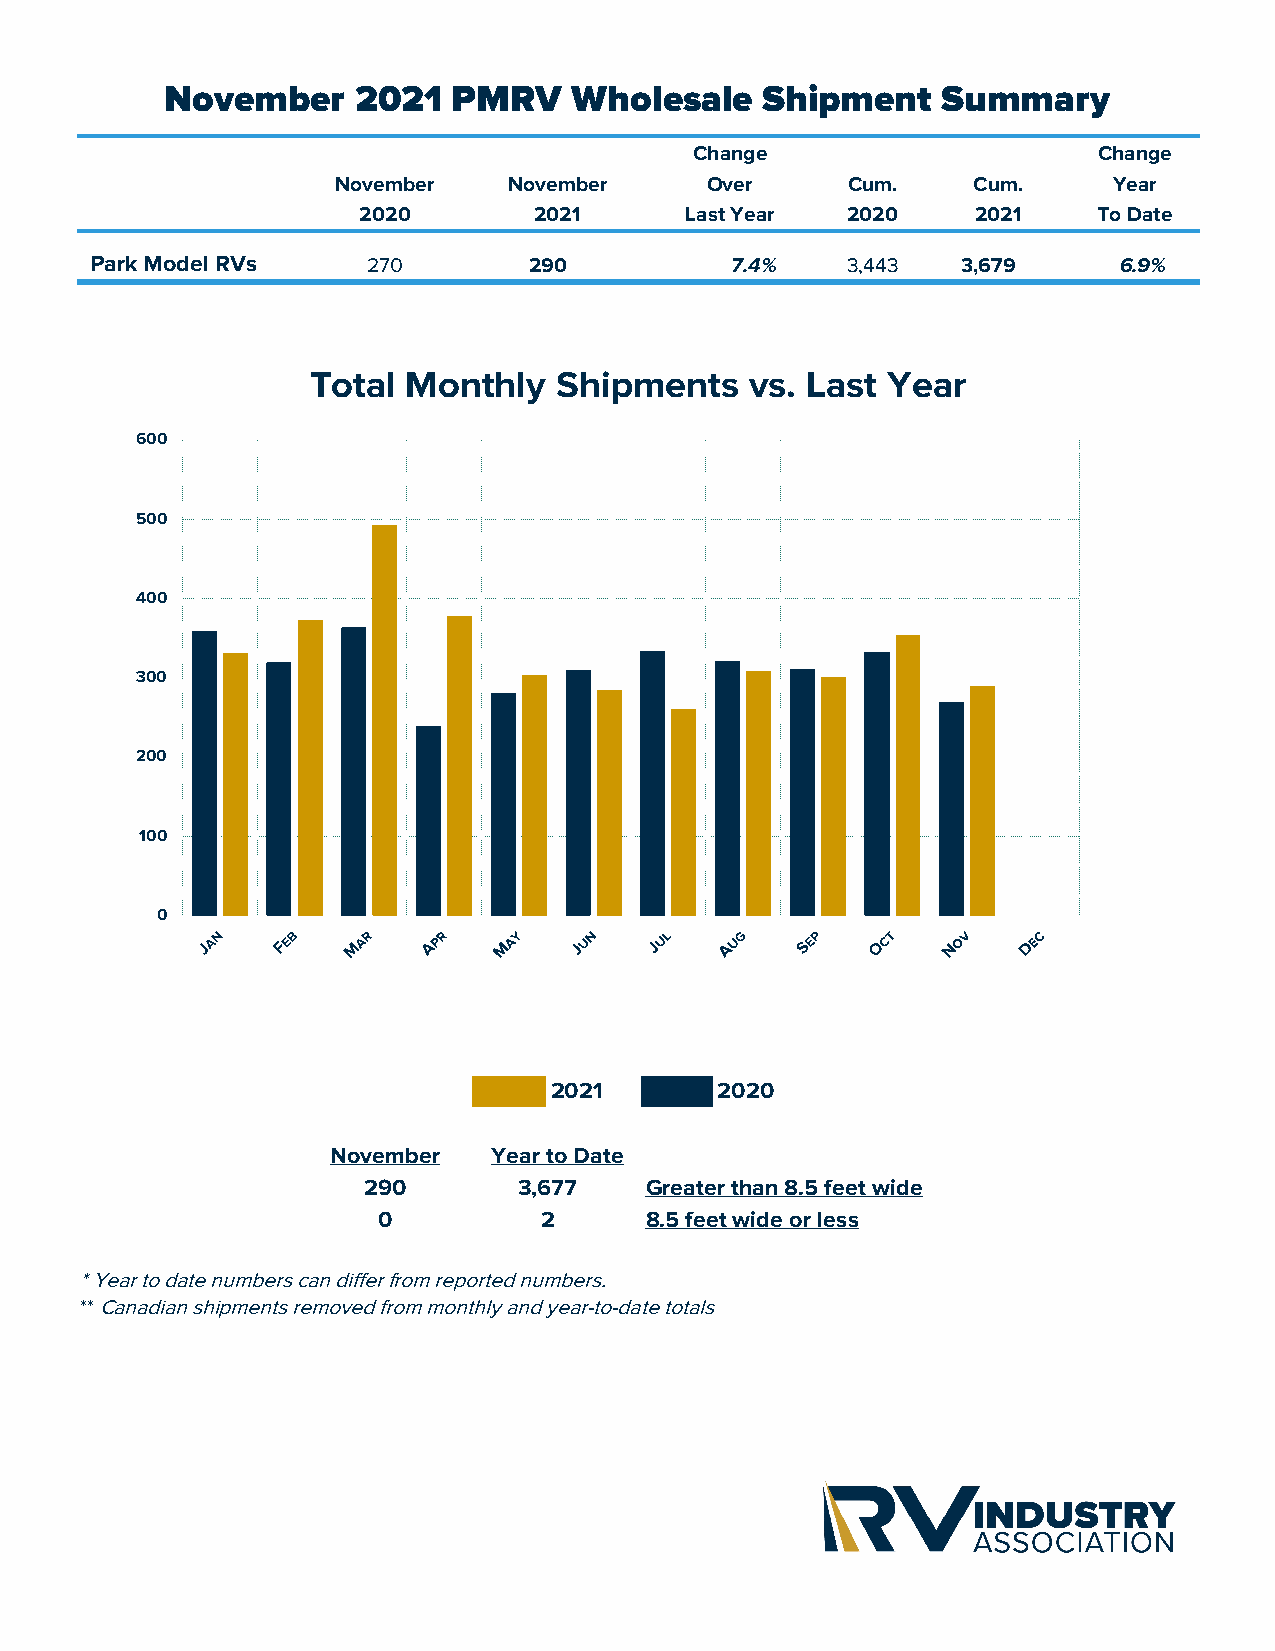
November     2021  PMRV    Wholesale    Shipment   Summary
 Change                     Change
 November    November     Over     Cum.    Cum.      Year
 2020       2021      Last Year  2020     2021    To Date
 Park Model RVs    270        290          7.4%    3,443   3,679     6.9%
 Total Monthly   Shipments    vs. Last Year
 600
 500
 400
 300
 200
 100
 0
 2021       2020
 November   Year to Date
 290       3,677    Greater than 8.5 feet wide
 0          2      8.5 feet wide or less
 * Year to date numbers can differ from reported numbers.
 ** Canadian shipments removed from monthly and year-to-date totals